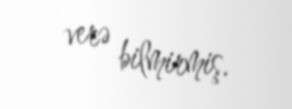
verə bilmirmiş.